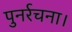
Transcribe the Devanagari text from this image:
पुनर्रचना।